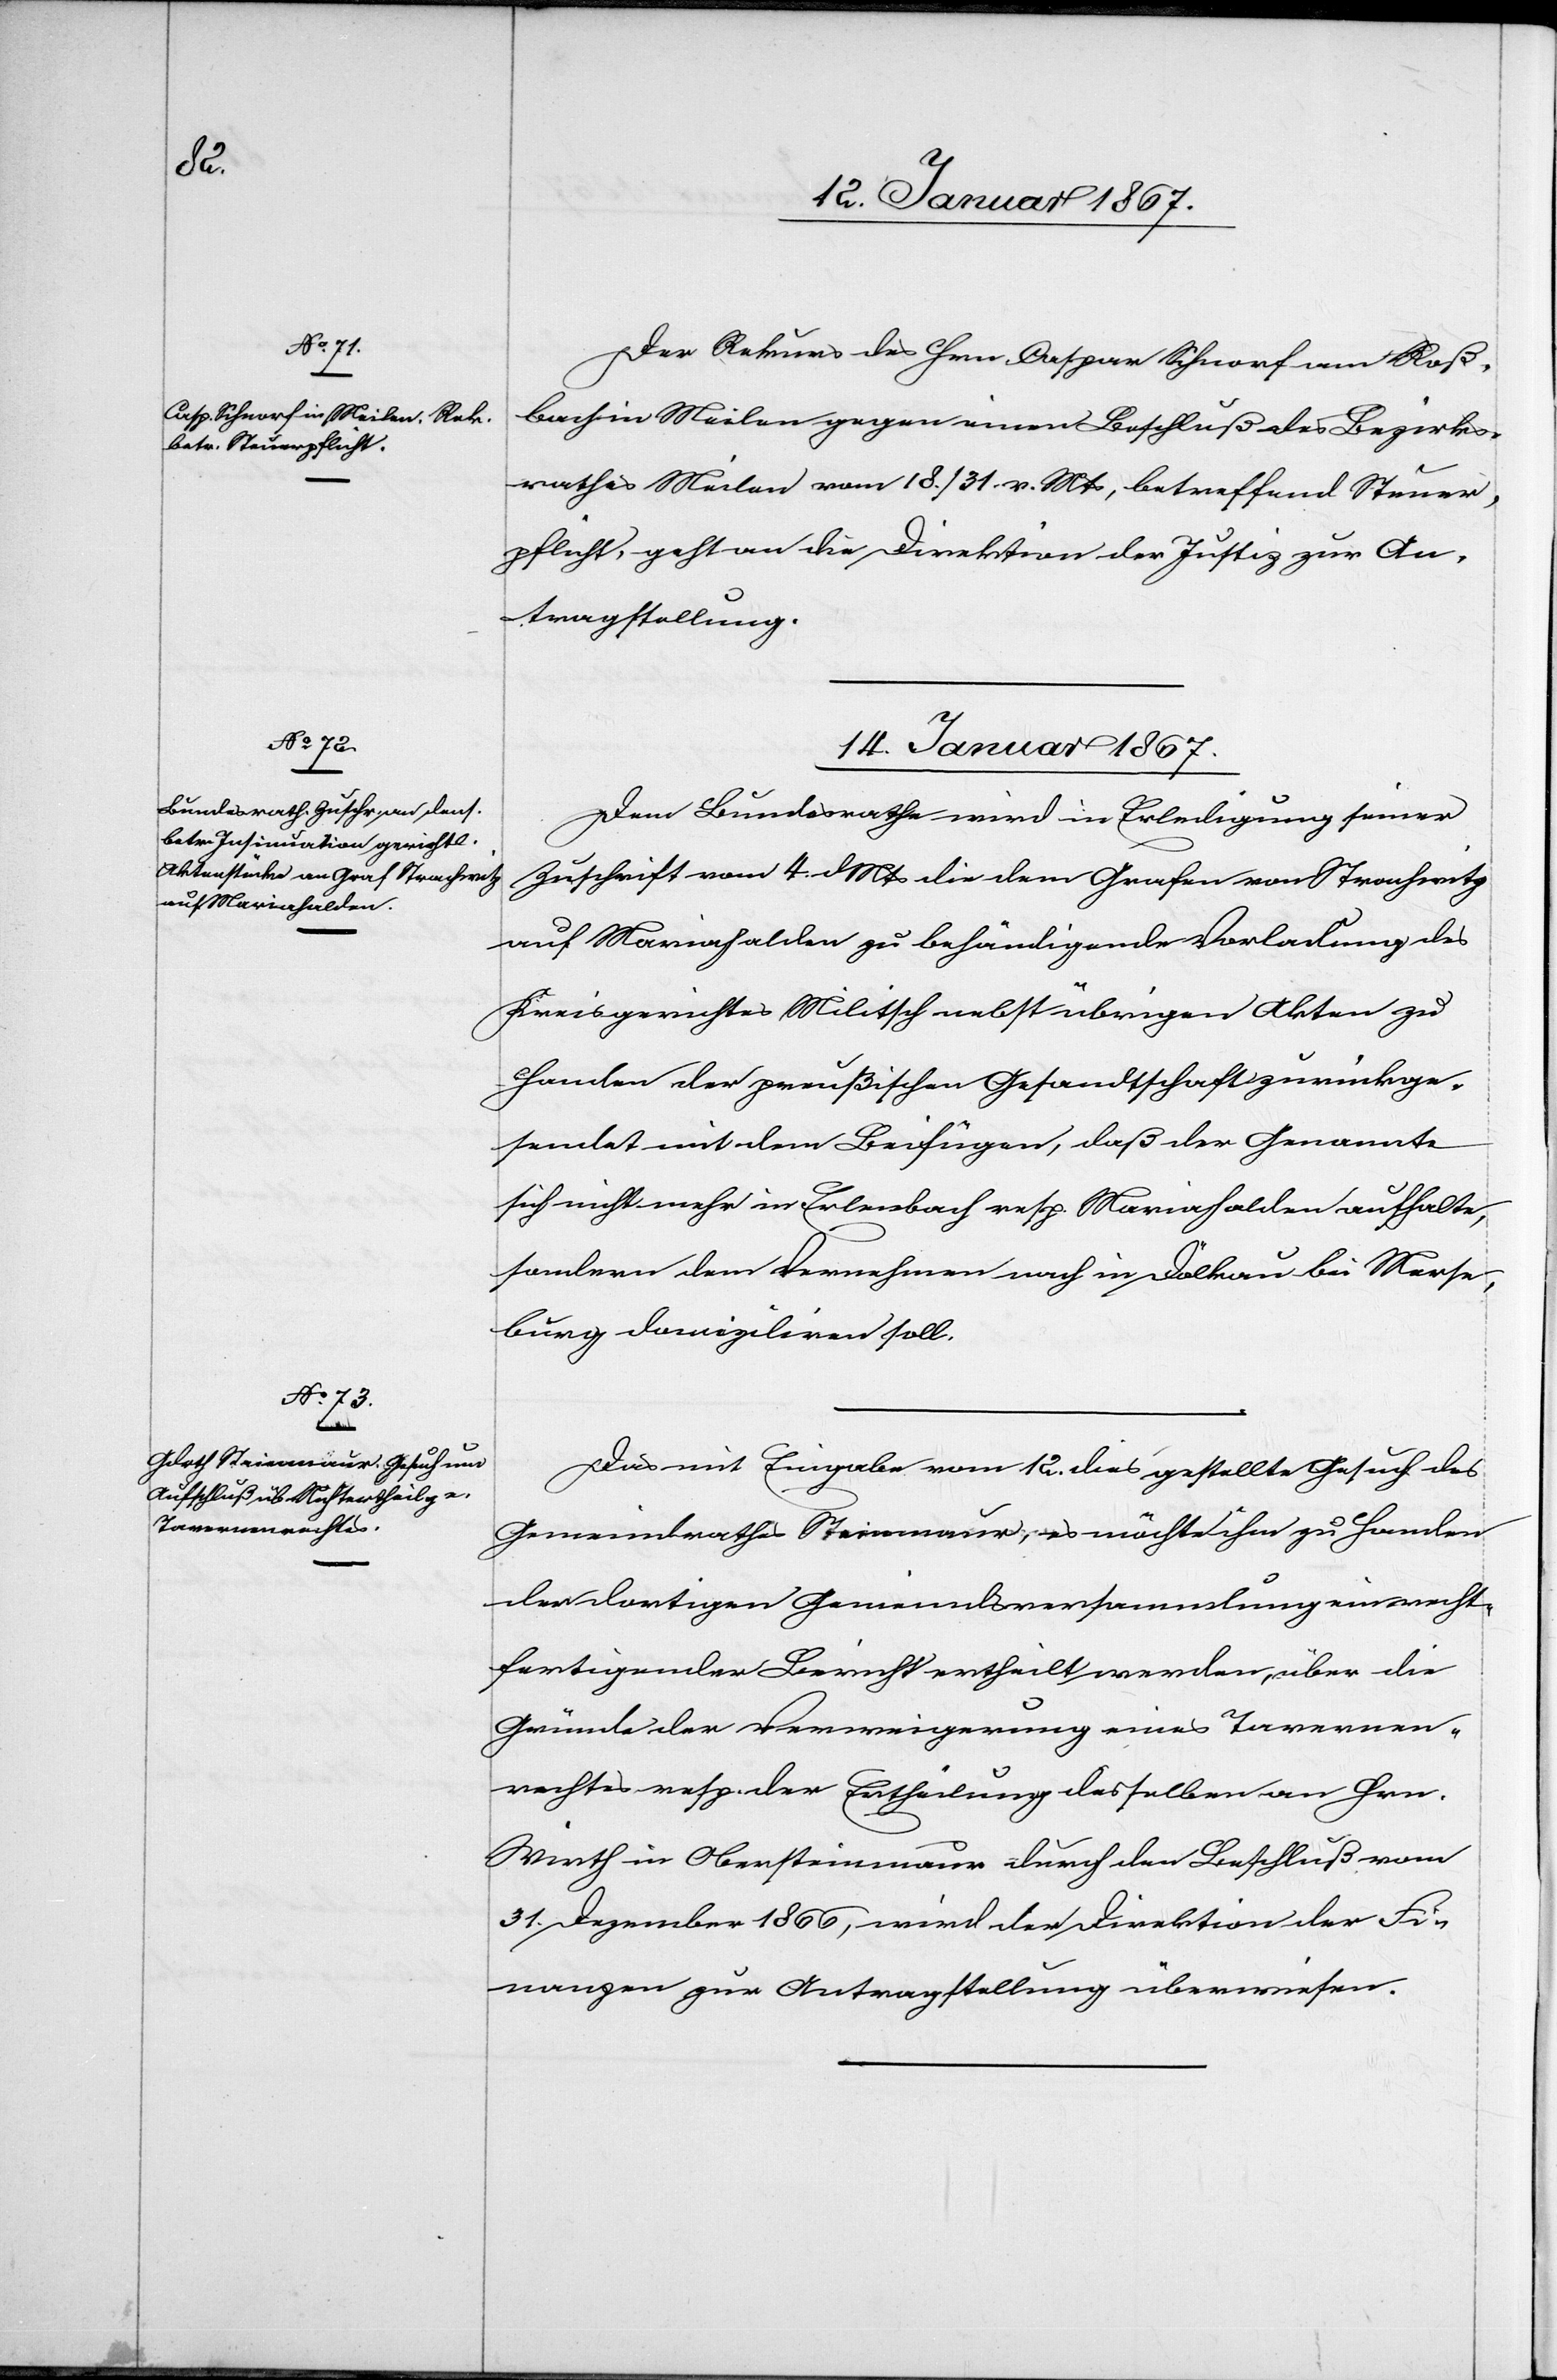
13. Januar 1867.]
Der Rekurs des Hrn. Caspar Schnorf am Roß¬
bach in Meilen gegen einen Beschluß des Bezirks¬
rathes Meilen vom 18./31. v. Mts, betreffend Steuer¬
pflicht, geht an die Direktion der Justiz zur An¬
tragstellung.
14. Januar 1867.]
Dem Bundesrathe wird in Erledigung seiner
Zuschrift vom 4. d. Mts die dem Grafen von Strachwitz
auf Mariahalden zu behändigende Vorladung des
Kreisgerichtes Militsch nebst übrigen Akten zu
Handen der preußischen Gesandtschaft zurückge¬
sendet mit dem Beifügen, daß der Genannte
sich nicht mehr in Erlenbach resp. Mariahalden aufhalte,
sondern dem Vernehmen nach in Dölkau bei Merse¬
burg domiziliren soll.
Das mit Eingabe vom 12. dies gestellte Gesuch des
Gemeindrathes Steinmaur, es möchte ihm zu Handen
der dortigen Gemeindsversammlung ein recht¬
fertigender Bericht ertheilt werden, über die
Gründe der Verweigerung eines Tavernen¬
rechtes resp. der Ertheilung desselben an Hrn.
Wirth in Obersteinmaur durch den Beschluß vom
31. Dezember 1866, wird der Direktion der Fi¬
nanzen zur Antragstellung überwiesen.